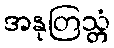
အနုတြသ္တံ